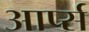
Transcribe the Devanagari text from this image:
आर्प्स